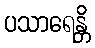
ပသာရေန္တိ